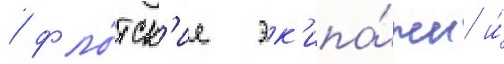
/ фло́тск'ие эк'ипа́жи и́